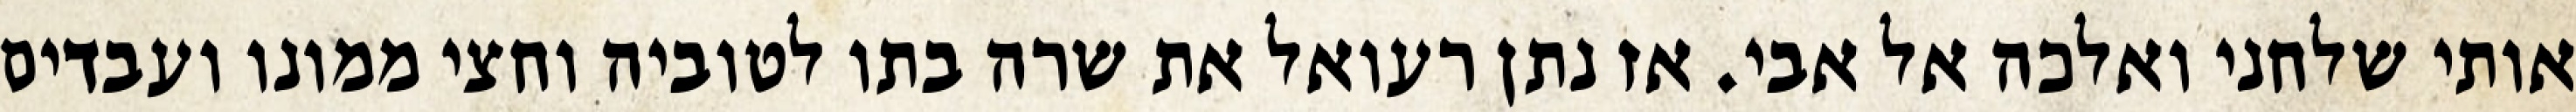
אותי שלחני ואלכה אל אבי. אז נתן רעואל את שרה בתו לטוביה וחצי ממונו ועבדים